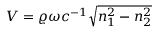
V = \varrho \omega c ^ { - 1 } \sqrt { n _ { 1 } ^ { 2 } - n _ { 2 } ^ { 2 } }